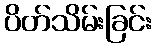
ပိတ်သိမ်းခြင်း